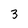
Character: 3